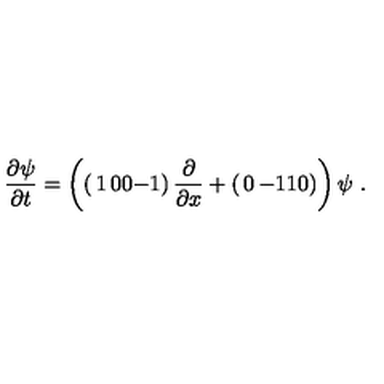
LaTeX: \frac { \partial \psi } { \partial t } = \left( \left( \begin{matrix} { 1 } & { 0 } \\ { 0 } & { - 1 } \\ \end{matrix} \right) \frac { \partial } { \partial x } + \left( \begin{matrix} { 0 } & { - 1 } \\ { 1 } & { 0 } \\ \end{matrix} \right) \right) \psi \ .